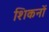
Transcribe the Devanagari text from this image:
शिकनों